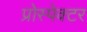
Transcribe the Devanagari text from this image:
प्रोस्पेक्टर